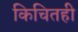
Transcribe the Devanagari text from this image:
किचितही